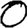
Digit: 0